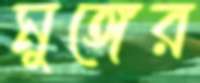
মুঙ্গের